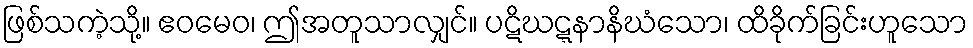
ဖြစ်သကဲ့သို့။ ဧဝမေဝ၊ ဤအတူသာလျှင်။ ပဋိဃဋ္ဋနာနိဃံသော၊ ထိခိုက်ခြင်းဟူသော